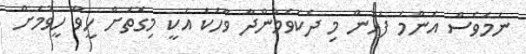
ނަމަވެސް އެންމެ ފަހުން މި ދެކެވެމުންދާ ވާހަކަ އަކީ މިގޮތަށް ހީވާ ހީވުމަށް